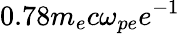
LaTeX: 0.78m_{e}c\omega_{pe}e^{-1}